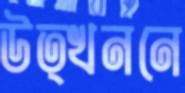
উত্খননে